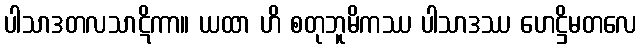
ပါသာဒတလသာဋိကာ။ ယထာ ဟိ စတုဘူမိကဿ ပါသာဒဿ ဟေဋ္ဌိမတလေ